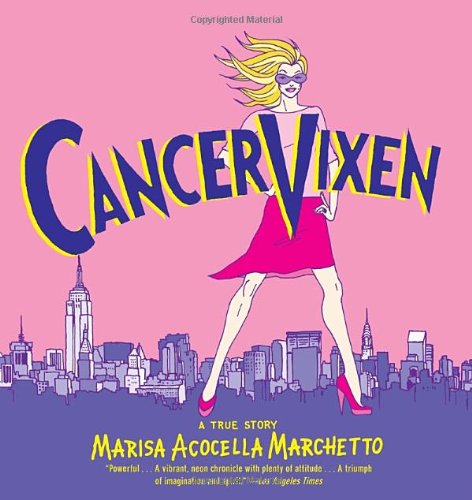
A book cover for Cancer Vixen: A True Story; Marisa Acocella Marchetto; Comics & Graphic Novels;